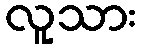
လူသား